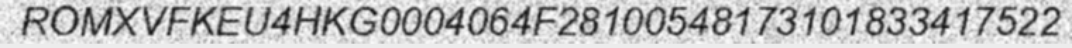
ROMXVFKEU4HKG0004064F28100548173101833417522